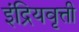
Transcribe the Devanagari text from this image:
इंद्रियवृत्ती